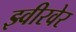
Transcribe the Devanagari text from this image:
झ्वीरवेर